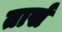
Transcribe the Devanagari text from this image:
तार्स